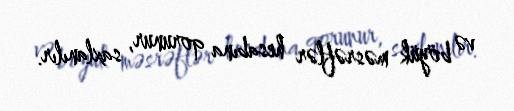
və böyük məsrəflər hesabına qorunur, saxlanılır.